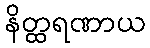
နိတ္ထရဏာယ